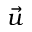
\vec { u }